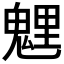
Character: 𩳓